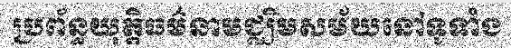
ប្រព័ន្ធយុត្តិធម៌នាមជ្ឈិមសម័យនៅទូទាំង